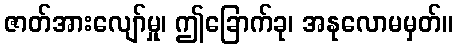
ဇာတ်အားလျော်မှု၊ ဤခြောက်ခု၊ အနုလောမမှတ်။